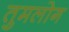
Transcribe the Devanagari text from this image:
तुमलोग